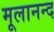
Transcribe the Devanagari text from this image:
मूलानन्द